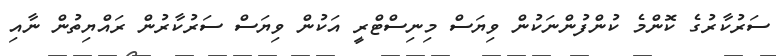
ސަރުކާރުގެ ކޮންމެ ކުންފުންނަކުން ވިޔަސް މިނިސްޓްރީ އަކުން ވިޔަސް ސަރުކާރުން ރައްޔިތުން ނާއި